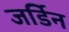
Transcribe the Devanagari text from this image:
जर्डिन